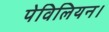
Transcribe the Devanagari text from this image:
पेविलियन।